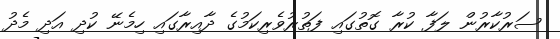
ސަރުކާރުން ލަފާ ކުރާ ގޮތުގައި ފަތުރުވެރިކަމުގެ ދާއިރާގައި ހިމެނޭ ކުދި އަދި މެދު